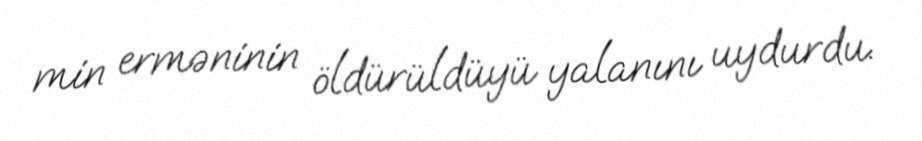
min erməninin öldürüldüyü yalanını uydurdu.